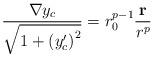
LaTeX: \begin{align*}\frac {{\bf \nabla}y_c}{\sqrt{1+ \left(y^{\prime}_c\right)^2}} = r_0^{p-1}\frac{{\bf r}}{r^p}\end{align*}